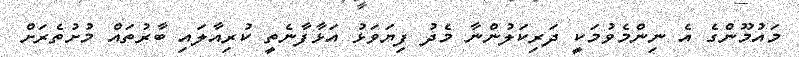
މައުމޫންގެ އެ ނިންމެވުމަކީ ދަރިކަލުންނާ މެދު ފިޔަވަޅު އަޅާފާނެތީ ކުރިއާލައި ބާރުތައް މުށުތެރަށް